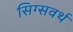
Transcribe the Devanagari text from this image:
सिग्सवर्थ